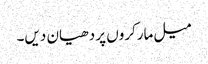
میل مارکروں پر دھیان دیں۔